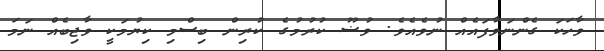
ވާހަކަ ގެންނަވާފައެއް ނުވެއެވެ. ވުޟޫ ކުރުމުގެ ކުރިން ބިސްމި ކިޔުމަކީ ވާޖިބެއް ނަމަ